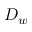
D _ { w }